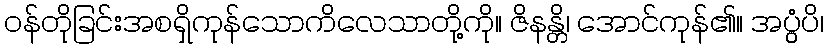
ဝန်တိုခြင်းအစရှိကုန်သောကိလေသာတို့ကို။ ဇိနန္တိ၊ အောင်ကုန်၏။ အပ္ပွံပိ၊